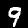
Digit: 9